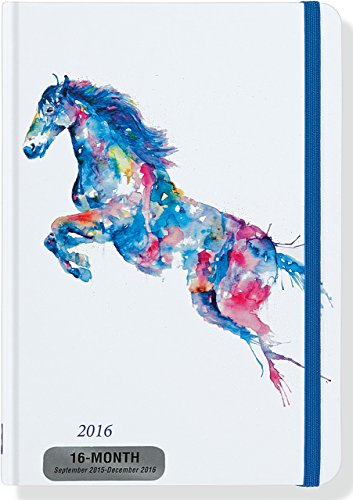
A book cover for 2016 Watercolor Horse Weekly Planner (16-Month Engagement Calendar, Diary); Peter Pauper Press; Calendars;